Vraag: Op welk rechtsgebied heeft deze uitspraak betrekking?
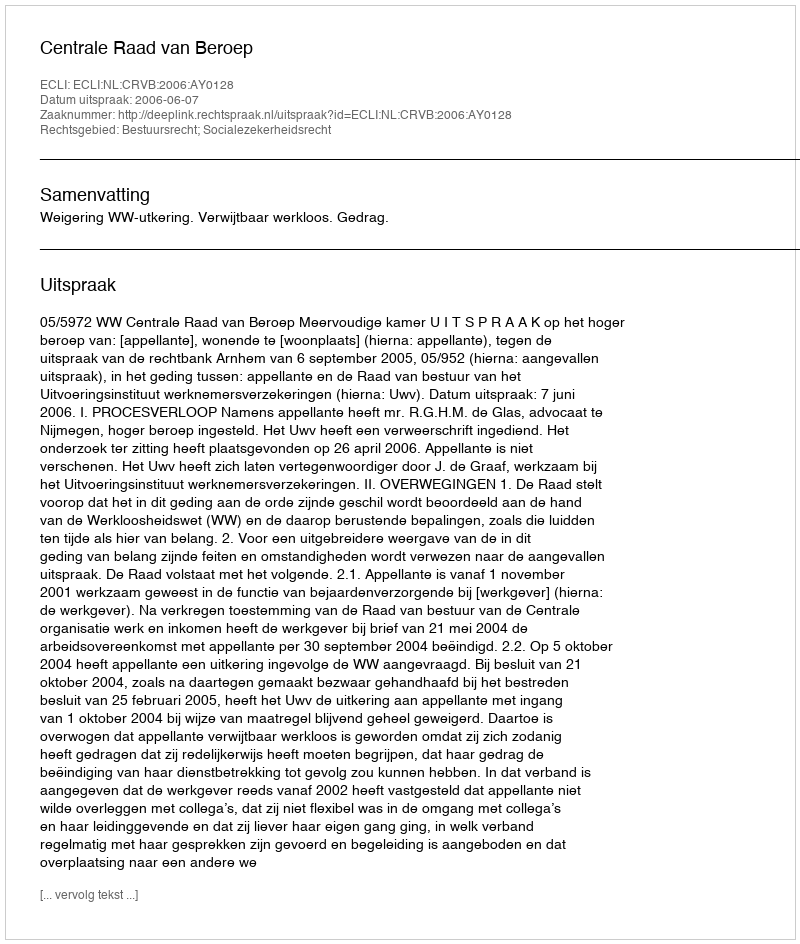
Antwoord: Bestuursrecht; Socialezekerheidsrecht